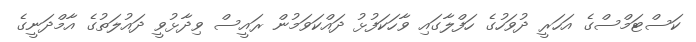
ކަސްޓަމްސްގެ އަހަރީ ދުވަހުގެ ހަފްލާގައި ވާހަކަފުޅު ދައްކަވަމުން ރައީސް ވިދާޅުވީ ދައުލަތުގެ އާމްދަނީގެ